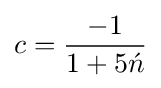
c={\frac {-1}{1+5{\acute {n}}}}